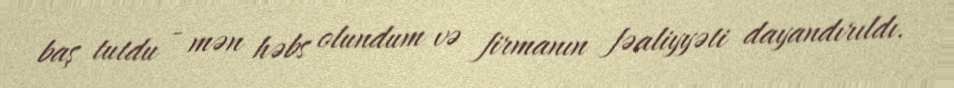
baş tutdu - mən həbs olundum və firmanın fəaliyyəti dayandırıldı.